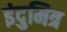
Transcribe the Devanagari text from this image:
इंदुमित्र